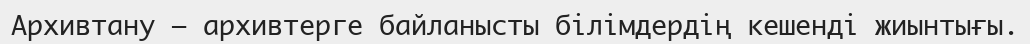
Архивтану – архивтерге байланысты білімдердің кешенді жиынтығы.